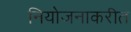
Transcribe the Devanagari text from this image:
नियोजनाकरीत